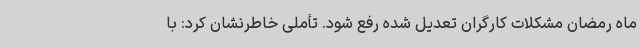
ماه رمضان مشکلات کارگران تعدیل شده رفع شود. تأملی خاطرنشان کرد: با